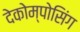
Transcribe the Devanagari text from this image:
देकोम्पोसिंग